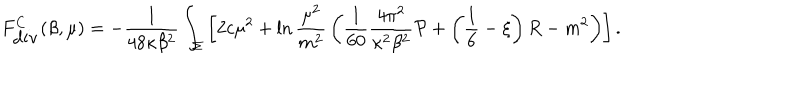
LaTeX: F _ { \mathrm { d i v } } ^ { C } ( \beta , \mu ) = - { \frac { 1 } { 4 8 \kappa \beta ^ { 2 } } } \int _ { \Sigma } \left[ 2 c \mu ^ { 2 } + \ln { \frac { \mu ^ { 2 } } { m ^ { 2 } } } \left( { \frac { 1 } { 6 0 } } { \frac { 4 \pi ^ { 2 } } { \kappa ^ { 2 } \beta ^ { 2 } } } { \cal P } + \left( \frac 1 6 - \xi \right) R - m ^ { 2 } \right) \right] .